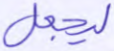
ليجعل